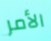
الأمر